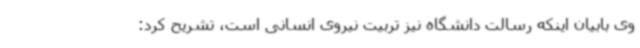
وی بابیان اینکه رسالت دانشگاه نیز تربیت نیروی انسانی است، تشریح کرد: